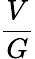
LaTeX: \frac{V}{G}